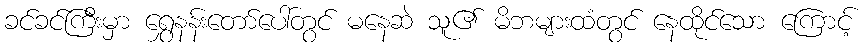
ခင်ခင်ကြီးမှာ ရွှေနန်းတော်ပေါ်တွင် မနေဆဲ သူ၏ မိဘများထံတွင် နေထိုင်သော ကြောင့်